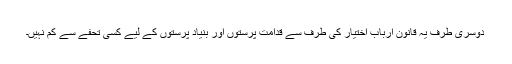
دوسری طرف یہ قانون ارباب اختیار کی طرف سے قدامت پرستوں اور بنیاد پرستوں کے لیے کسی تحفے سے کم نہیں۔